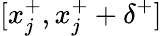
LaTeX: [x_{j}^{+},x_{j}^{+}+\delta^{+}]